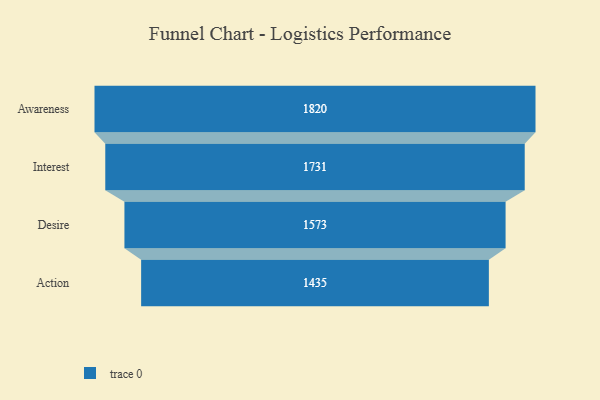
{"axis": {"x": "Stage", "y": "Value"}, "legend": [""], "data": [{"x": "Awareness", "y": 1820.0, "type": ""}, {"x": "Interest", "y": 1731.0, "type": ""}, {"x": "Desire", "y": 1573.0, "type": ""}, {"x": "Action", "y": 1435.0, "type": ""}]}